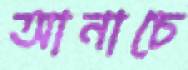
আনাচে